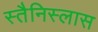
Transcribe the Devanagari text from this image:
स्तैनिस्लास